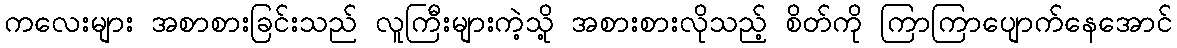
ကလေးများ အစာစားခြင်းသည် လူကြီးများကဲ့သို့ အစားစားလိုသည့် စိတ်ကို ကြာကြာပျောက်နေအောင်